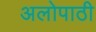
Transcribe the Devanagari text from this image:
अलोपाठी